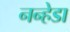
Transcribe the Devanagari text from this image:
नन्हेडा